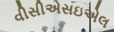
વીસીએસઇએલ